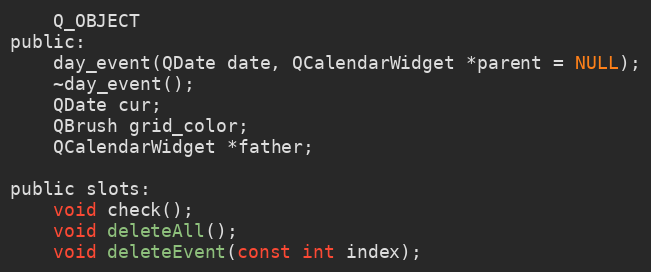
Language: C
    Q_OBJECT
public:
    day_event(QDate date, QCalendarWidget *parent = NULL);
    ~day_event();
    QDate cur;
    QBrush grid_color;
    QCalendarWidget *father;

public slots:
    void check();
    void deleteAll();
    void deleteEvent(const int index);